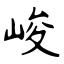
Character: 峻